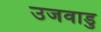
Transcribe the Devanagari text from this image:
उजवाडु